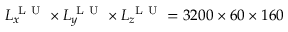
L _ { x } ^ { \mathrm { ~ L ~ U ~ } } \times L _ { y } ^ { \mathrm { ~ L ~ U ~ } } \times L _ { z } ^ { \mathrm { ~ L ~ U ~ } } = 3 2 0 0 \times 6 0 \times 1 6 0